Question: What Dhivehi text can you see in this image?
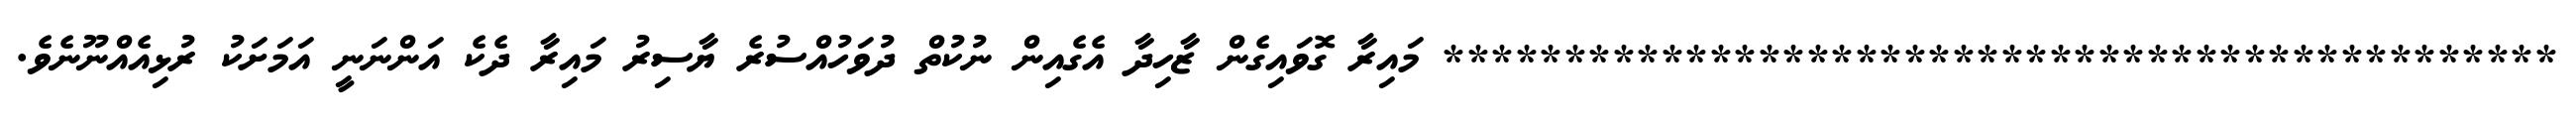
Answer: ********************************************** މައިރާ ގޮވައިގެން ޒާހިދާ އެގެއިން ނުކުތް ދުވަހުއްސުރެ ޔާސިރު މައިރާ ދެކެ އަންނަނީ އަމަށަކު ރުޅިއެއްނޫނެވެ.